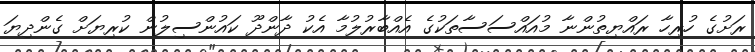
ރަށުގެ ހުރިހާ ރައްޔިތުންނާ މުއައްސަސާތަކުގެ އެއްބާރުލުމާ އެކު ދާންދޫ ކައުންސިލުން ކުރިޔަށް ގެންދިޔަ